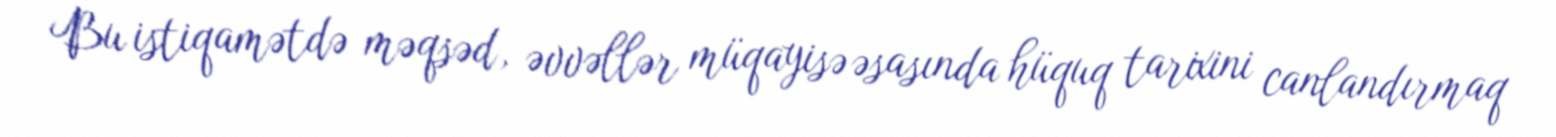
Bu istiqamətdə məqsəd, əvvəllər müqayisə əsasında hüquq tarixini canlandırmaq